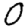
Digit: 0